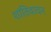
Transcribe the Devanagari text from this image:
शांतिवाचन